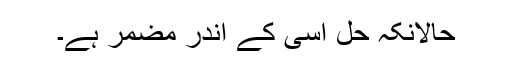
حالانکہ حل اسی کے اندر مضمر ہے۔